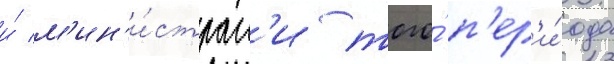
и́ м'ин'и́страм'и того́ п'ер'и́ода